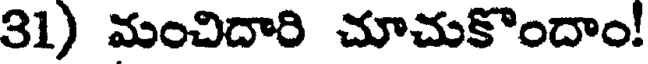
31) మంచిదారి చూచుకొందాం!